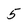
Character: 5